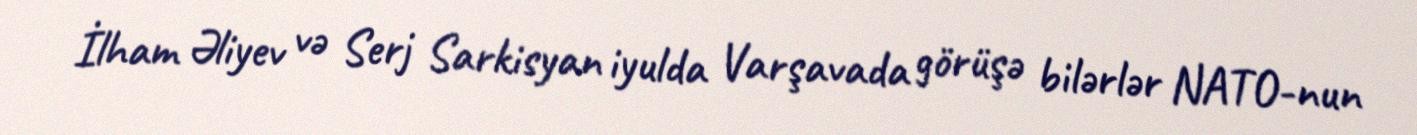
İlham Əliyev və Serj Sarkisyan iyulda Varşavada görüşə bilərlər NATO-nun